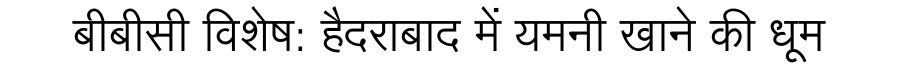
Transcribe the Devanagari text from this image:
बीबीसी विशेष: हैदराबाद में यमनी खाने की धूम